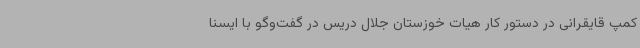
کمپ قایقرانی در دستور کار هیات خوزستان جلال دریس در گفت‌وگو با ایسنا